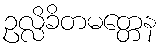
ဥလ္လိခိတမတ္တေန